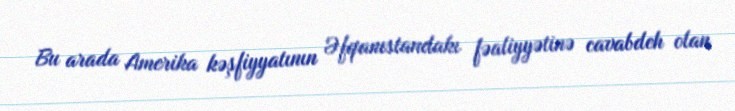
Bu arada Amerika kəşfiyyatının Əfqanıstandakı fəaliyyətinə cavabdeh olan